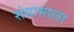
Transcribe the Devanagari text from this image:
संग्रामाला